Report on vaccination in Madras 1877-1894 - 1877-1894
Year: 1877
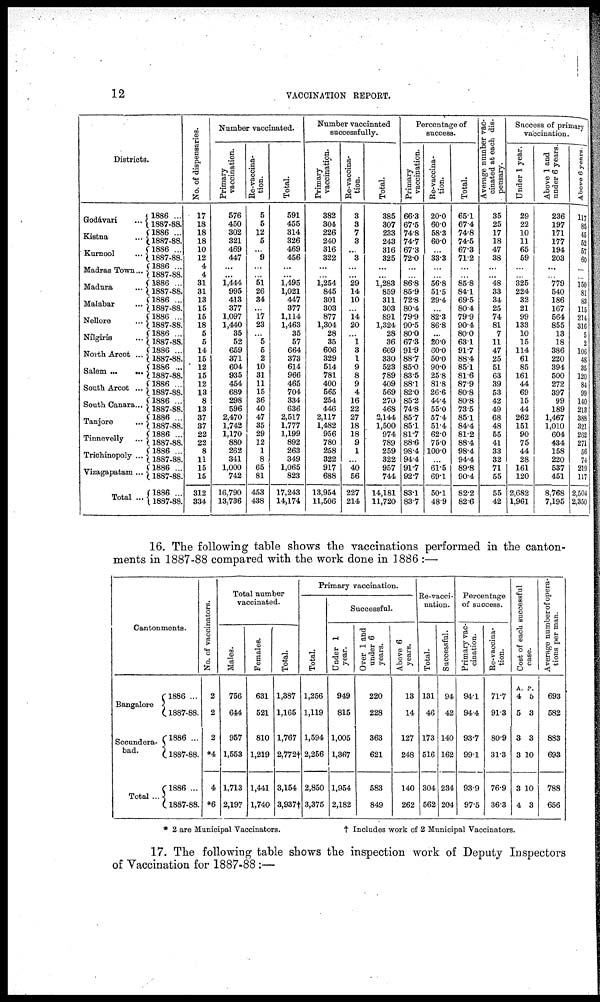
12
VACCINATION REPORT.
Districts.
Godávari
...
Kistna ...
Kurnool ...
Madras Town...
Madura
...
Malabar ...
Nellore ...
Nílgiris ...
North Arcot ...
Salem ...
...
South Arcot ...
South Canara...
Tanjore ...
Tinnevelly ...
Trichinopoly ...
Vizagapatam ...
Total ...
1886 ...
1887-88.
1886 ...
1887-88.
1886 ...
1887-88.
1886 ...
1887-88.
1886 ...
1887-88.
1886 ...
1887-88.
1886 ...
1887-88.
1886 ...
1887-88.
1886 ...
1887-88.
1886 ...
1887-88.
1886 ...
1887-88.
1886 ...
1887-88.
1886 ...
1887-88.
1886 ...
1887-88.
1886 ...
1887-88.
1886 ...
1887-88.
1886 ...
1887-88.
No. of dispensaries.
17
18
18
18
10
12
4
4
31
31
13
15
15
18
5
5
14
15
12
15
12
13
8
13
37
37
22
22
8
11
15
15
312
334
Number vaccinated.
Primary
vaccination.
576
450
302
321
469
447
...
...
1,444
995
413
377
1,097
1,440
35
52
659
371
604
935
454
689
298
596
2,470
1,742
1,170
880
262
341
1,000
742
16,790
13,736
Re-vaccina-
tion.
5
5
12
5
...
9
...
...
51 26
34
...
17
23
...
5
5
2
10
31
11
15
36
40
47
35
29
12
1
8
65
81
453
438
Total.
591
455
314
326
469
456
...
...
1,495
1,021
447
377
1,114
1,463
35
57
664
373
614
966
465
704
334
636
2,517
1,777
1,199
892
263
349
1,065
823
17,243
14,174
Number vaccinated
successfully.
Primary
vaccination.
382
304
226
240
316
322
...
...
1,254
845
301
303
877
1,304
28
35
606
329
514
781
400
565
254
446
2,117
1,482
956
780
258
322
917
688
13,954
11,506
Re-vacina-
tion.
3
3
7
3
...
3
...
...
29
14
10
...
14
20
...
1
3
1
9
8
9
4
16
22
27
18
18
9
1
...
40
56
227
214
Total.
385
307
233
243
316
325
...
...
1,283
859
311
303
891
1,324
28
36
609
330
523
789
409
569
270
468
2,144
1,500
974
789
259
322
957
744
14,181
11,720
Percentage of
success.
Primary
vaccination.
66.3
67.5
74.8
74.7
67.3
72.0
...
...
86.8
85.9
72.8
80.4
79.9
90.5
80.0
67.3
91.9
88.7
85.0
83.5
88.1
82.0
85.2
74.8
85.7
85.1
81.7
88.6
98.4
94.4
91.7
92.7
83.1
83.7
Re-vaccina-
tion.
20.0
60.0
58.3
60.0
...
33.3
...
...
56.8
51.5
29.4
...
82.3
86.8
...
20.0
60.0
50.0
90.0
25.8
81.8
26.6
44.4
55.0
57.4
51.4
62.0
75.0
100.0
...
61.5
69.1
50.1
48.9
Total.
65.1
67.4
74.8
74.5
67.3
71.2
...
...
85.8
84.1
69.5
80.4
79.9
90.4
80.0
63.1
91.7
88.4
85.1
81.6
87.9
80.8
80.8
73.5
85.1
84.4
81.2
88.4
98.4
94.4
89.8
90.4
82.2
82.6
Average number vac-
cinated at each dis-
pensary.
35
25
17
18
47
38
...
...
48
33
34
25
74
81
7
11
47
25
51
63
39
53
42
49
68
48
55
41
33
32
71
55
55
42
Success of primary
vaccination.
Under 1 year.
29
22
10
11
65
59
...
...
325
224
32
21
99
133
10
15
114
61
85
161
44
69
15
44
262
151
90
75
44
28
161
120
2,682
1,961
Above 1 and
under 6 years.
236
197
171
177
194
203
...
...
779
540
186
167
564
855
13
18
386
220
394
500
272
397
99
189
1,467
1,010
604
434
158
220
537
451
8,768
7,195
Above 6
117
85
45
52
57
60
...
...
150
81
83
115
214
316
5
2
106
48
35
120
84
99
140
213
388
321
262
271
56
74
219
117
2,504
2,350
16. The following table shows the vaccinations performed in the canton-
ments in 1887-88 compared with the work done in 1886 :—
Cantonments.
Bangalore
Secundera¬
bad.
Total ...
1886 ...
1887-88.
1886 ...
1887-88.
1886 ...
1887-88.
No. of vaccinators.
2
2
2
*4
4
*6
Total number
vaccinated.
Males.
756
644
957
1,553
1,713
2,197
Females.
631
521
810
1,219
1,441
1,740
Total.
1,387
1,165
1,767
2,772†
3,154
3,937†
Primary vaccination.
Total.
1,256
1,119
1,594
2,256
2,850
3,375
Successful.
Under 1
year.
949
815
1,005
1,367
1,954
2,182
Over 1 and
under 6
years.
220
228
363
621
583
849
Above 6
years.
13
14
127
248
140
262
Re-vacci-
nation.
Total.
131
46
173
516
304
562
Successful.
94
42
140
162
234
204
Percentage
of success.
Primary vac-
cination.
94.1
94.4
93.7
99.1
93.9
97.5
Re-vaccina-
tion.
71.7
91.3
80.9
31.3
76.9
36.3
Cost of each successful
case.
A.
4
5
3
3
3
4
P.
5
3
3
10
10
3
Average number of opera-
tions per man.
693
582
883
693
788
656
* 2 are Municipal Vaccinators.
† Includes work of 2 Municipal Vaccinators.
17. The following table shows the inspection work of Deputy Inspectors
of Vaccination for 1887-88 :—